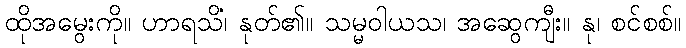
ထိုအမွေးကို။ ဟာရသိံ၊ နုတ်၏။ သမ္မဝါယသ၊ အဆွေကျီး။ နု၊ စင်စစ်။